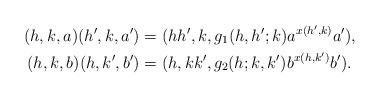
\begin{align*} (h,k,a)(h',k,a') &= (hh',k,g_1(h,h';k)a^{x(h',k)}a'), \\ (h,k,b)(h,k',b') &= (h,kk',g_2(h;k,k')b^{x(h,k')}b'). \end{align*}